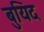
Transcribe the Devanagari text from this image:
बुयिद